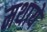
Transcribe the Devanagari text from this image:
मथाये